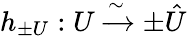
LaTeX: h_{\pm U}:U\xrightarrow{\sim}\pm\hat{U}